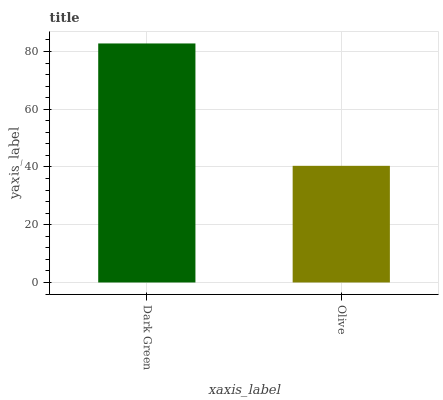
| xaxis_label | bars |
 | --- | --- |
 | Dark Green | 82.8 |
 | Olive | 40.4 |